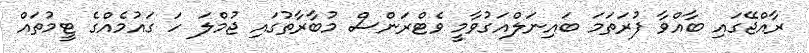
ރާއްޖޭގައި ބާއްވާ ފުރަތަމަ ބައިނަލްއަގުވާމީ ވެޓްރަންސް މުބާރާތުގައި ޖުމްލަ ހަ ގައުމެއްގެ ޓީމުތައް